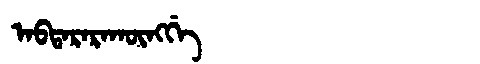
Manchu: ᠠᠪᡨᠠᡵᠠᡵᠠᡴᡡᠩᡤᡝ
Romanization: ABTARARAKŪNGGE